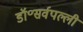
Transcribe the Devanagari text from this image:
डॉ॰सर्वपल्ली